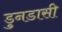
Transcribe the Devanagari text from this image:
डुनडासी